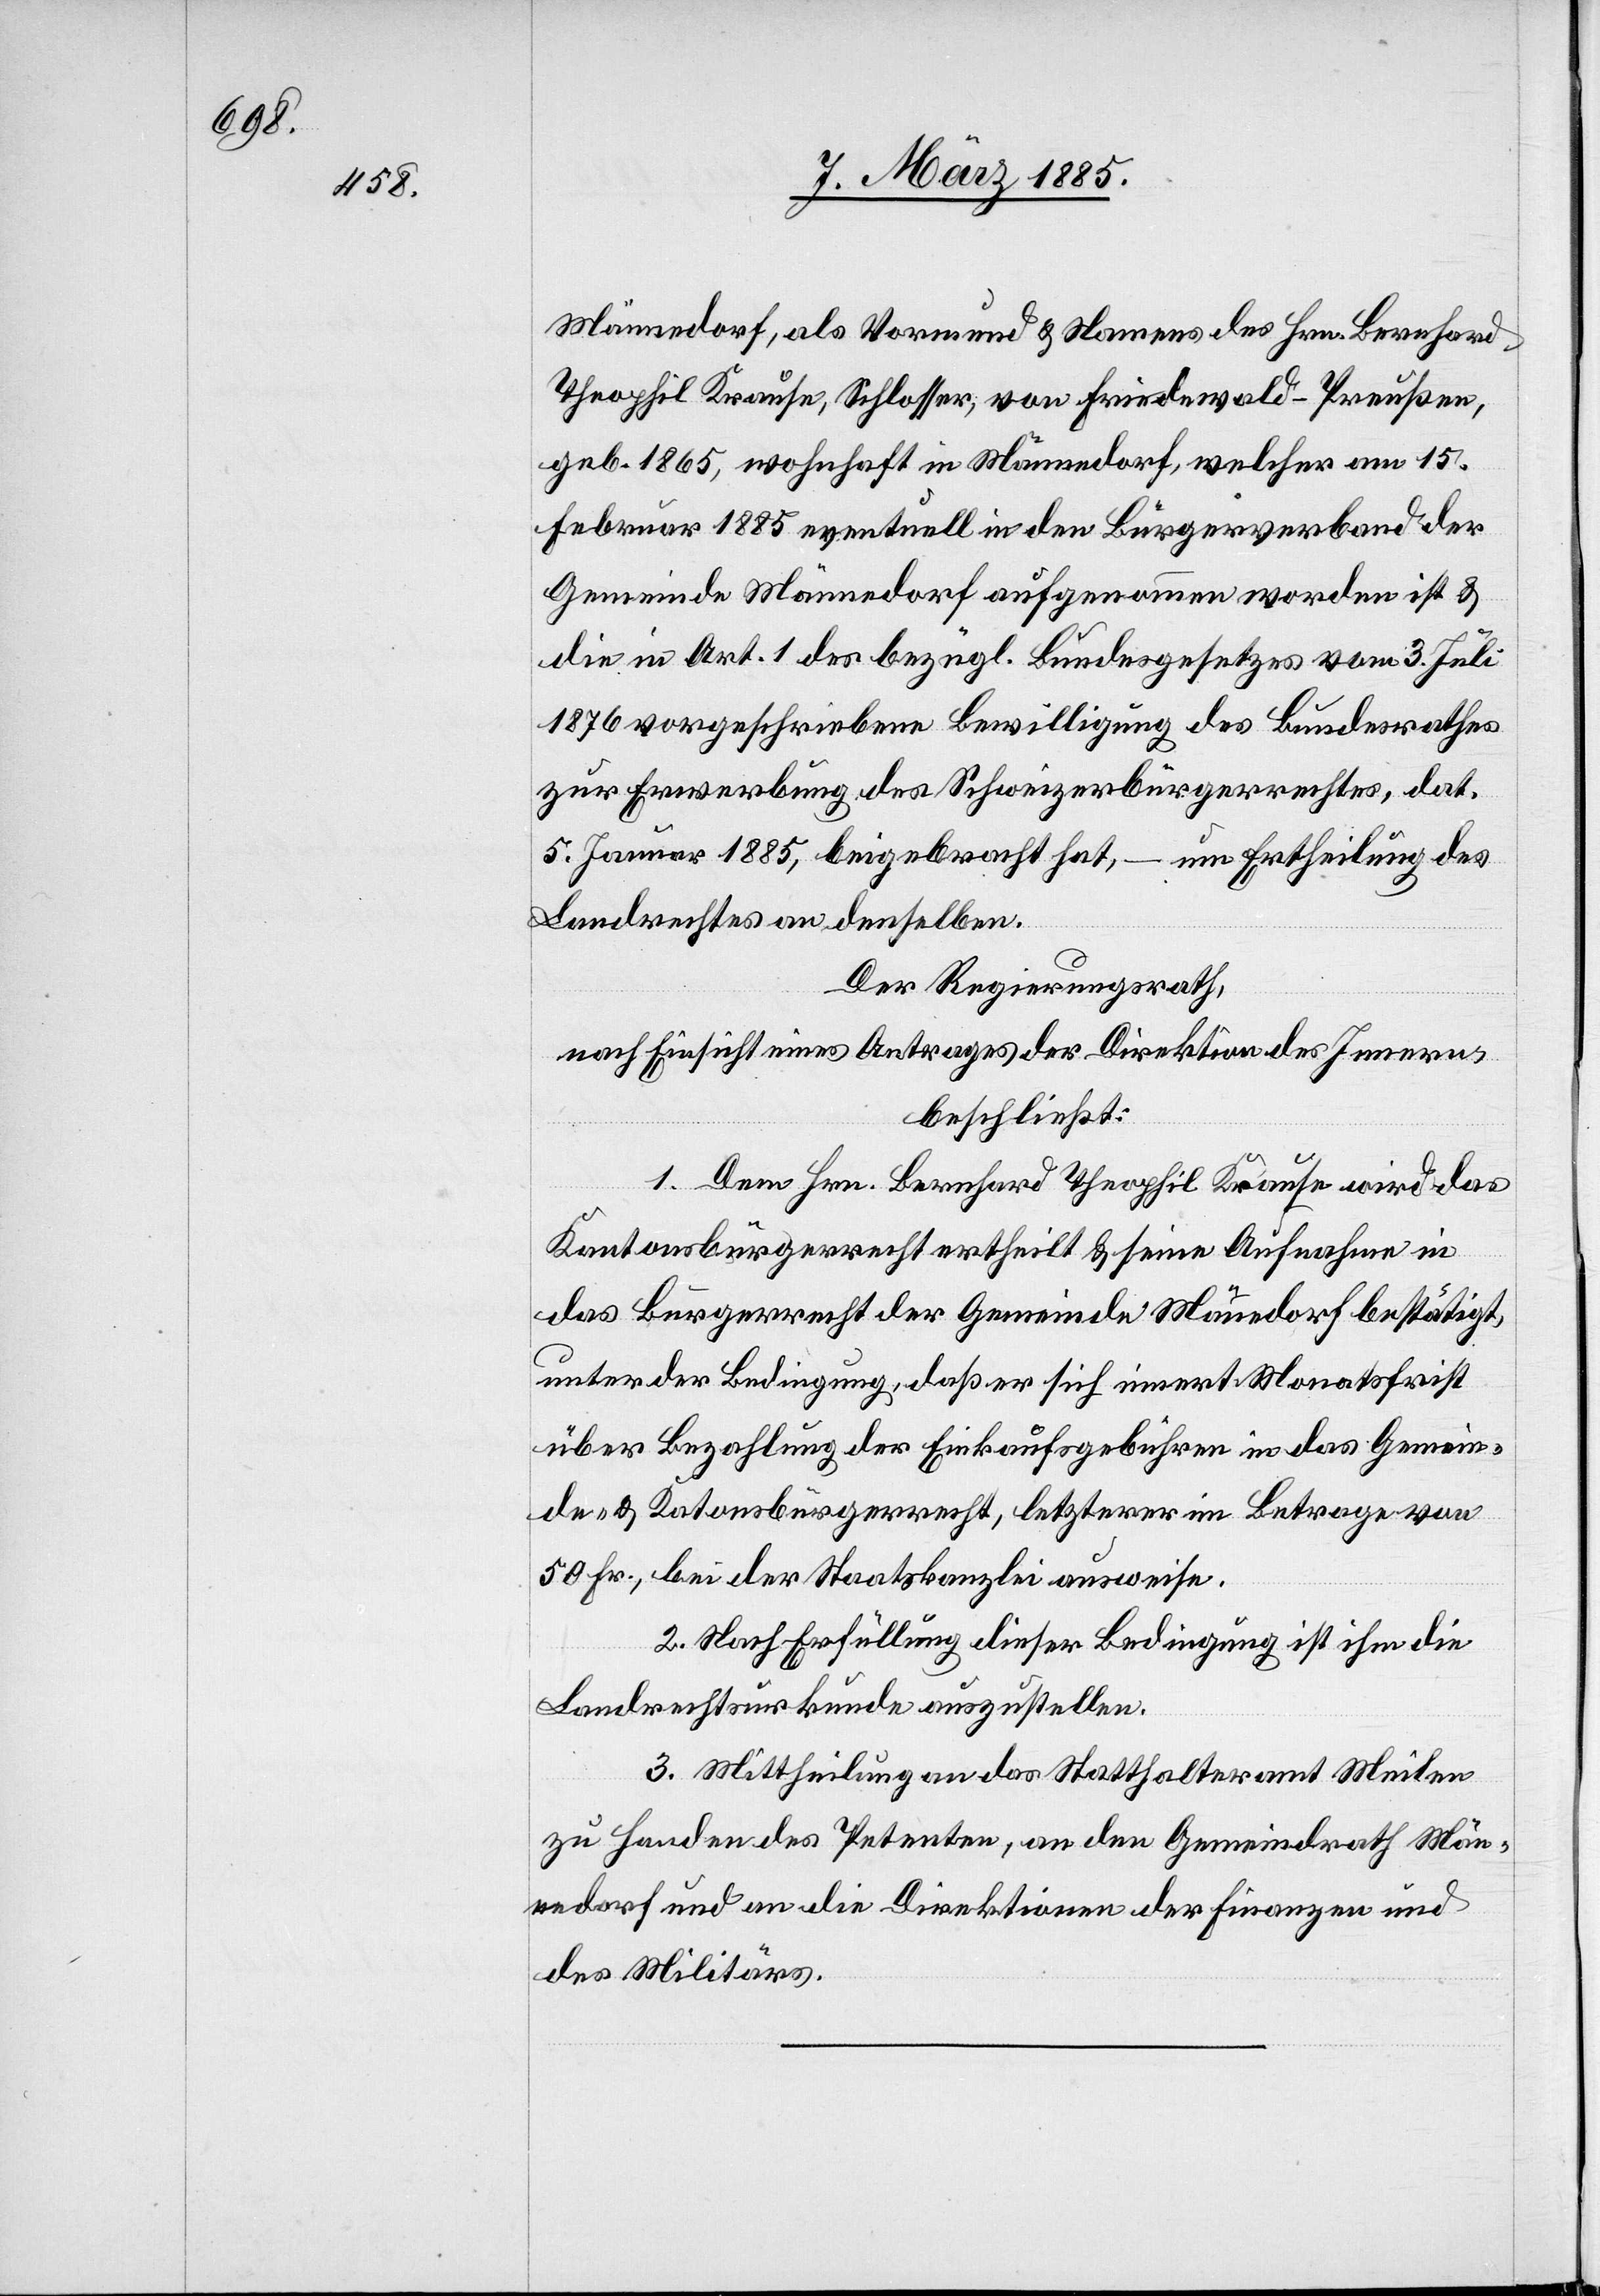
Männedorf, als Vormund & Namens des Hrn. Bernhard
Theophil Krause, Schlosser, von Friedewald - Preußen,
geb. 1865, wohnhaft in Männedorf, welcher am 15.
Februar 1885 eventuell in den Bürgerverband der
Gemeinde Männedorf aufgenommen worden ist &
die in Art. 1 des bezügl. Bundesgesetzes vom 3. Juli
1876 vorgeschriebene Bewilligung des Bundesrathes
zur Erwerbung des Schweizerbürgerrechtes, dat.
5. Januar 1885, beigebracht hat, – um Ertheilung des
Landrechtes an denselben.
Der Regierungsrath,
nach Einsicht eines Antrages der Direktion des Innern,
beschließt:
1. Dem Hrn. Bernhard Theophil Krause wird das
Kantonsbürgerrecht ertheilt & seine Aufnahme in
das Bürgerrecht der Gemeinde Männedorf bestätigt,
unter der Bedingung, daß er sich innert Monatsfrist
über Bezahlung der Einkaufsgebühren in das Gemein¬
de- & Ka[n]tonsbürgerrecht, letzterer im Betrage von
50 Fr., bei der Staatskanzlei ausweise.
2. Nach Erfüllung dieser Bedingung ist ihm die
Landrechtsurkunde auszustellen.
3. Mittheilung an das Statthalteramt Meilen
zu Handen des Petenten, an den Gemeindrath Män¬
nedorf und an die Direktionen der Finanzen und
des Militärs.